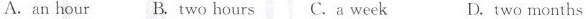
A. an hour B. Two hours C. A week D. two months